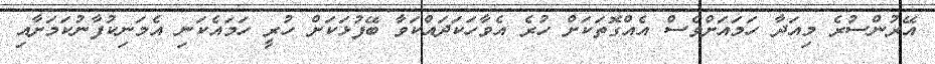
އޭރުންސުރެ މިއަދާ ހަމައަށްވެސް އެއްގޮތަކަށް ހުރެ އެވާހަކަދައްކަވާ ބޭފުޅަކަށް ހުރީ ހަމައެކަނި އެމަނިކުފާނުކަމަށާއި